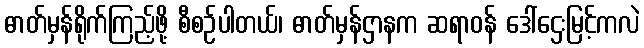
ဓာတ်မှန်ရိုက်ကြည့်ဖို့ စီစဉ်ပါတယ်၊ ဓာတ်မှန်ဌာနက ဆရာဝန် ဒေါ်ဌေးမြင့်ကလဲ